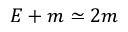
E + m \simeq 2 m